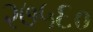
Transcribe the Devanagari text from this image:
२७५६०